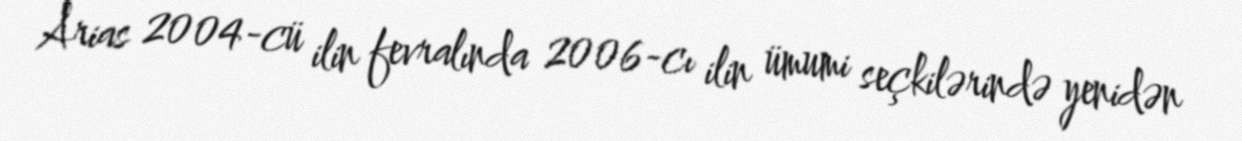
Arias 2004-cü ilin fevralında 2006-cı ilin ümumi seçkilərində yenidən